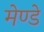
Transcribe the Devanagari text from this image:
मेण्डे